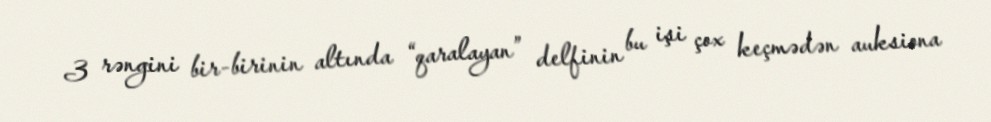
3 rəngini bir-birinin altında “qaralayan” delfinin bu işi çox keçmədən auksiona